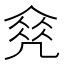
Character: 𠙠